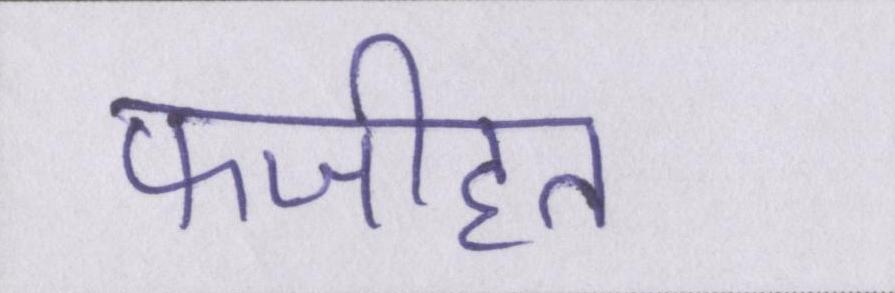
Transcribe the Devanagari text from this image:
फजीहत